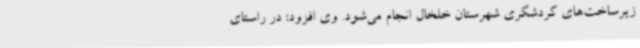
زیرساخت‌های گردشگری شهرستان خلخال انجام می‌شود. وی افزود:‌ در راستای